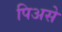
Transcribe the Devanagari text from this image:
पिअसे